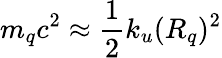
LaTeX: m_{q}c^{2}\approx\frac{1}{2}k_{u}(R_{q})^{2}